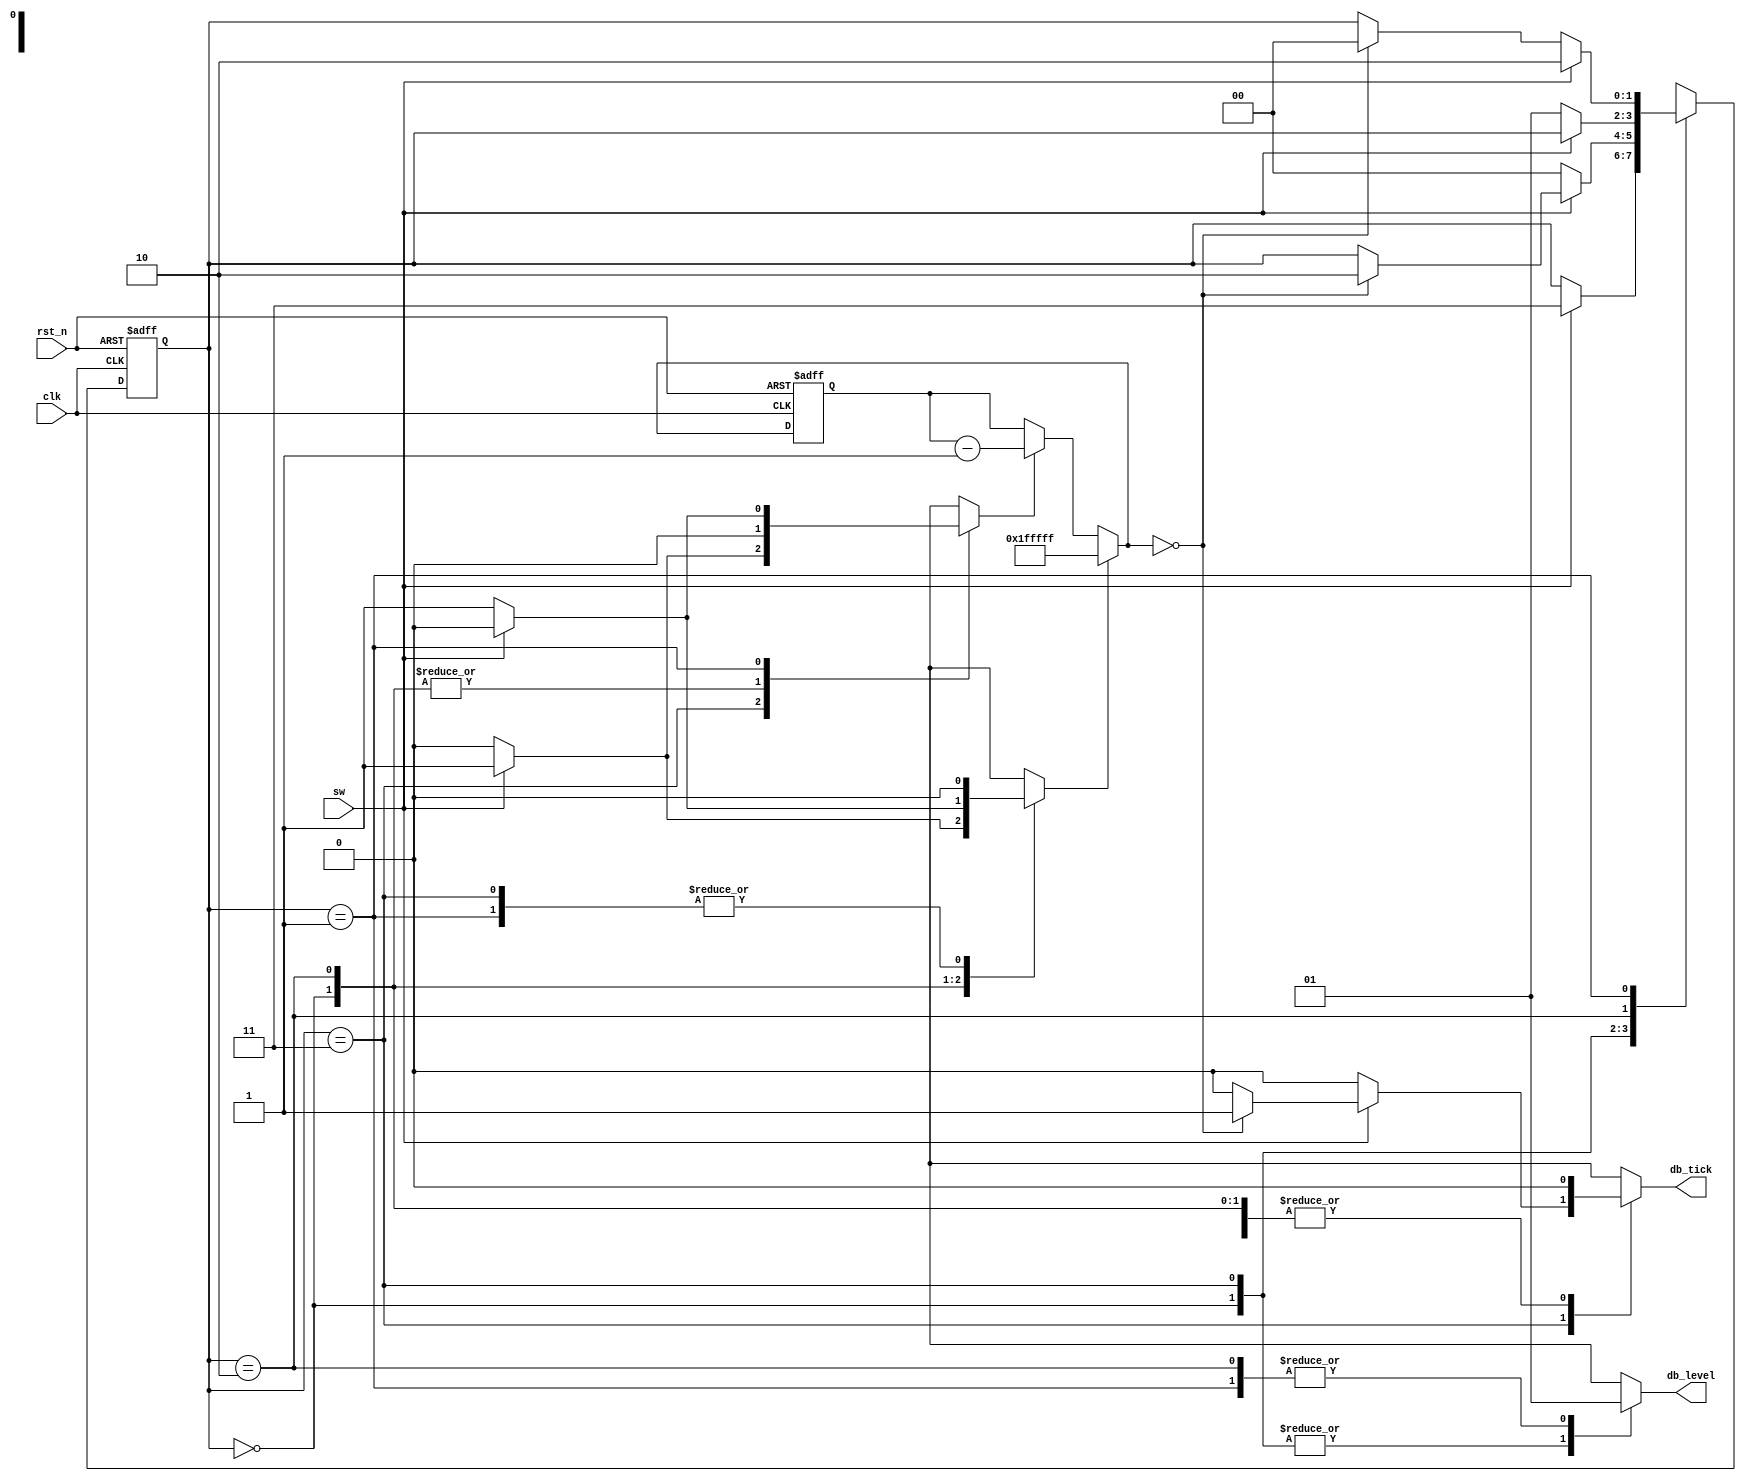
module debounce
(
	input clk,rst_n,
	input sw,
	output reg db_level,db_tick
);
// symbolic state declaration
localparam [1:0]
			ZERO =2'b00,
			WAIT0=2'b01,
			ONE  =2'b10,
			WAIT1=2'b11;
// number of counter bits (2^N *10ns)
localparam N=21;
// signal declaration
reg [1:0]state_reg,state_next;
reg [N-1:0] counter_reg,counter_next;
wire counter_zero;
reg counter_load,counter_decrement;
//FSMD   state and data registers
always@(posedge clk,negedge rst_n)
	if(~rst_n)
		begin
			state_reg<=ZERO;
			counter_reg<=0;
		end
	else
		begin
			state_reg<=state_next;
			counter_reg<=counter_next;
		end
//FSMD data path next logic
always@*
	if(counter_load)
		counter_next={N{1'b1}};
	else if(counter_decrement)
		counter_next=counter_reg-1;
	else
		counter_next=counter_reg;
//FSMD status signal
assign counter_zero=(counter_next==0);
//FSMD control path next logic
always@*
begin                     
	state_next=state_reg; //default state
	db_level=1'b0;        //default output
	db_tick=1'b0;         //default output
	counter_load=1'b0;    //default output
	counter_decrement=1'b0;    //default output
	case(state_reg)
		ZERO:
			begin
				if(sw==1'b1)
				begin
					counter_load=1'b1;
					state_next=WAIT1;
				end
			end		
		WAIT1:
			begin
				if(sw==1)
				begin
					counter_decrement=1'b1;
					if(counter_zero)
					begin
						state_next=ONE;
						db_tick=1'b1;
					end
				end	
				else
					state_next=ZERO;
			end	
		ONE:
			begin
				db_level=1'b1;
				if(sw==1'b0)
				begin
					counter_load=1'b1;
					state_next=WAIT0;
				end
			end		
		WAIT0:
			begin
				db_level=1'b1;
				if(sw==0)
				begin
					counter_decrement=1'b1;
					if(counter_zero)
					begin
						state_next=ZERO;
					end
				end	
				else
					state_next=ONE;
			 end	
		default: state_next=ZERO;
	endcase
	
end

endmodule